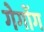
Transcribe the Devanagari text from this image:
गेगोंग